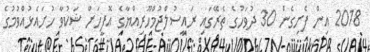
2018 އިން ފެށިގެން 30 ދުވަހުގެ ތެރޭގައި ރައީސުލްޖުމްހޫރިއްޔާގެ އޮފީހަށް ޝަކުވާ ހުށައެޅުއްވުމުގެ